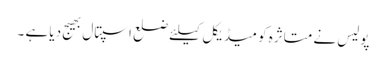
پولیس نے متاثرہ کو میڈیکل کیلئے ضلع اسپتال بھیج دیا ہے ۔